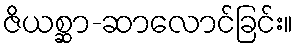
ဇိယစ္ဆာ-ဆာလောင်ခြင်း။